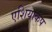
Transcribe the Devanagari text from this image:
एशियाकप